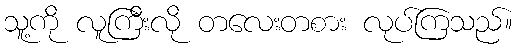
သူ့ကို လူကြီးလို တလေးတစား လုပ်ကြသည်။